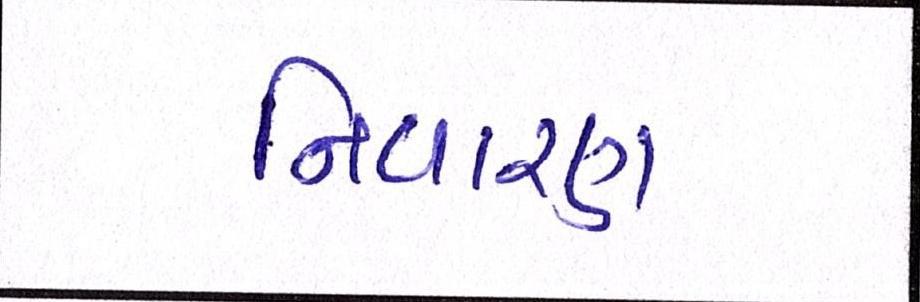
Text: નિવારણ